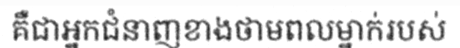
គឺជាអ្នកជំនាញខាងថាមពលម្នាក់របស់